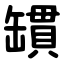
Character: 罆